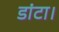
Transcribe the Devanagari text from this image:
डांटा।